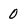
Character: 0